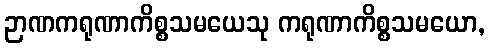
ဉာဏကရုဏာကိစ္စသမယေသု ကရုဏာကိစ္စသမယော,